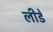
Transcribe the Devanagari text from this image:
लीडें